Leaving Certificate Examination (including Day School Certificate (Higher) General paper), 1927
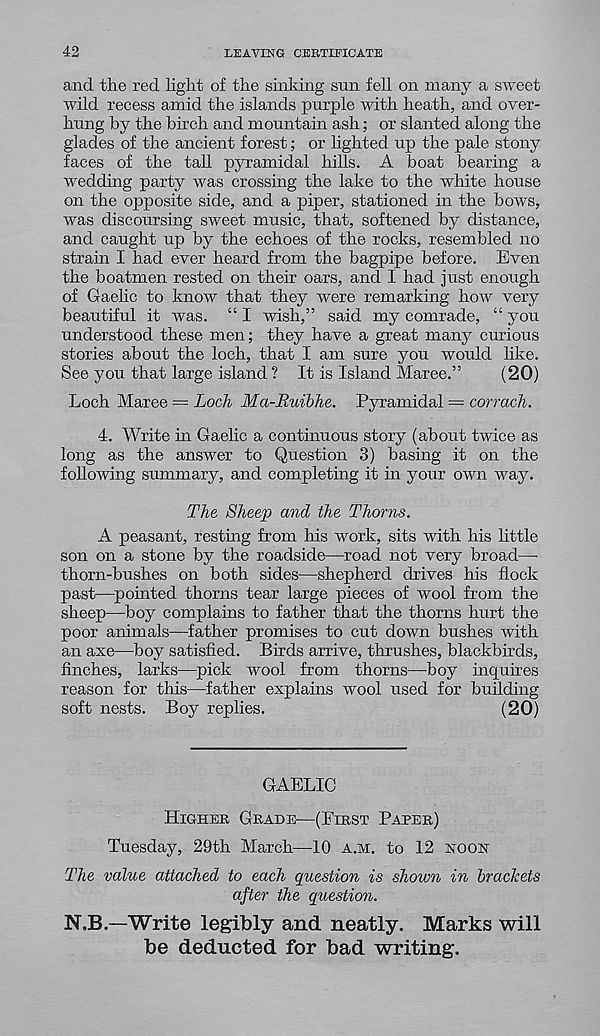
42
LEAVING CERTIFICATE
and the red light of the sinking snn fell on many a sweet
wild recess amid the islands purple with heath, and over-
hung by the birch and mountain ash; or slanted along the
glades of the ancient forest; or lighted up the pale stony
faces of the tall pyramidal hills. A boat bearing a
wedding party was crossing the lake to the white house
on the opposite side, and a piper, stationed in the bows,
was discoursing sweet music, that, softened by distance,
and caught up by the echoes of the rocks, resembled no
strain I had ever heard from the bagpipe before. Even
the boatmen rested on their oars, and I had just enough
of Gaelic to know that they were remarking how very
beautiful it was. “ I wish,” said my comrade, “ you
understood these men; they have a great many curious
stories about the loch, that I am sure you would like.
See you that large island ? It is Island Maree.”
(20)
Loch Maree = Loch Ma-Ruibhe. Pyramidal = corrach.
4. Write in Gaelic a continuous story (about twice as
long as the answer to Question 3) basing it on the
following summary, and completing it in your own way.
The Sheep and the Thorns.
A peasant, resting from his work, sits with his little
son on a stone by the roadside—road not very broad—
thorn-bushes on both sides—shepherd drives his flock
past—^pointed thorns tear large pieces of wool from the
sheep—boy complains to father that the thorns hurt the
poor animals—father promises to cut down bushes with
an axe—boy satisfied. Birds arrive, thrushes, blackbirds,
finches, larks—pick wool from thorns—boy inquires
reason for this—father explains wool used for building
soft nests. Boy replies.
(20)
GAELIC
Higher Grade—(First Paper)
Tuesday, 29th March—10 a.m. to 12 noon
The value attached to each question is shown in brackets
after the question.
N.B.—Write legibly and neatly. Marks will
be deducted for bad writing.